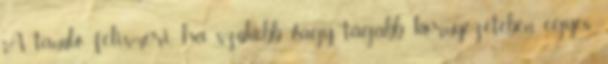
A tanuló felismeri, ha szűkebb vagy tágabb környezetében egyes